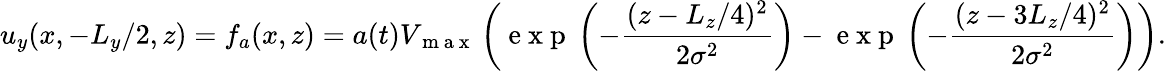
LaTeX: u_{y}(x,-L_{y}/2,z)=f_{a}(x,z)=a(t)V_{\mathrm{~m~a~x~}}\left(\mathrm{~e~x~p~}\left(-\frac{(z-L_{z}/4)^{2}}{2\sigma^{2}}\right)-\mathrm{~e~x~p~}\left(-\frac{(z-3L_{z}/4)^{2}}{2\sigma^{2}}\right)\right).